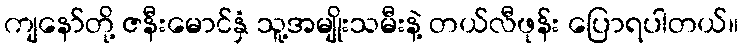
ကျနော်တို့ ဇနီးမောင်နှံ သူ့အမျိုးသမီးနဲ့ တယ်လီဖုန်း ပြောရပါတယ်။